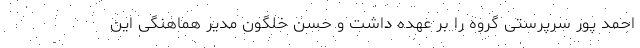
احمد پور سرپرستی گروه را بر عهده داشت و حسن خلگون مدیر هماهنگی اين